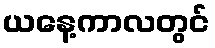
ယနေ့ကာလတွင်